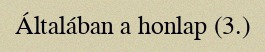
Általában a honlap (3.)